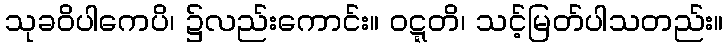
သုခဝိပါကေပိ၊ ၌လည်းကောင်း။ ဝဋ္ဋတိ၊ သင့်မြတ်ပါသတည်း။